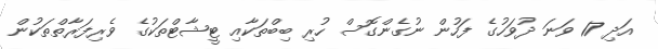
އަދި 17 ވަނަ ދުވަހުގެ ފަހުން ނުގެންގޮސް ހުރި ބިބްތަކާއި ޓީޝާޓްތަކުގެ ވެރިފަރާތްތަކުން